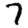
Digit: 7